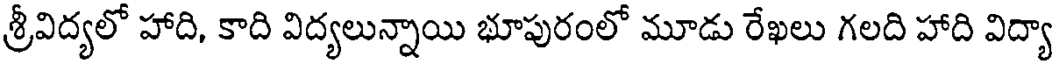
శ్రీవిద్యలో హాది, కాది విద్యలున్నాయి భూపురంలో మూడు రేఖలు గలది హాది విద్యా